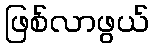
ဖြစ်လာဖွယ်